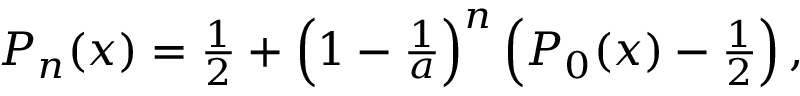
\begin{array} { r } { P _ { n } ( x ) = \frac { 1 } { 2 } + \left( 1 - \frac { 1 } { a } \right) ^ { n } \left( P _ { 0 } ( x ) - \frac { 1 } { 2 } \right) , } \end{array}